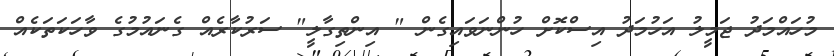
މުހައްމަދު ޖަމީލު އަހުމަދު އިސްކޮށް ހުންނަވައިގެން " އިންތިގާލީ" ސަރުކާރެއް ގެނައުމުގެ ވާހަކަތަކެއް